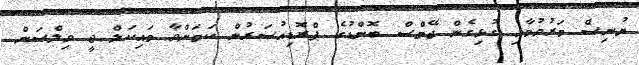
ޔުނިސް މަރުވުމާއި ގުޅިގެން ޖޭމްސް ބޮންޑުގެ ޕްރޮޑިއުސަރުން ކަމަށްވާ މައިކަލް ޖީ ވިލްސަން